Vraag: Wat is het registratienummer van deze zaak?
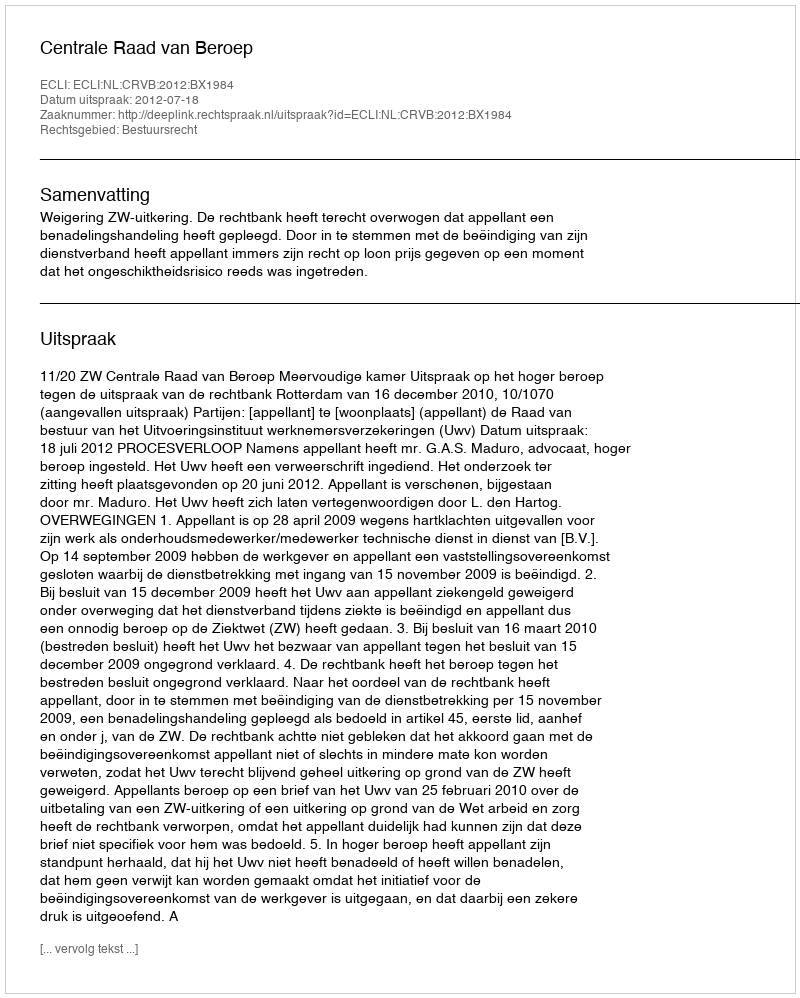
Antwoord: http://deeplink.rechtspraak.nl/uitspraak?id=ECLI:NL:CRVB:2012:BX1984